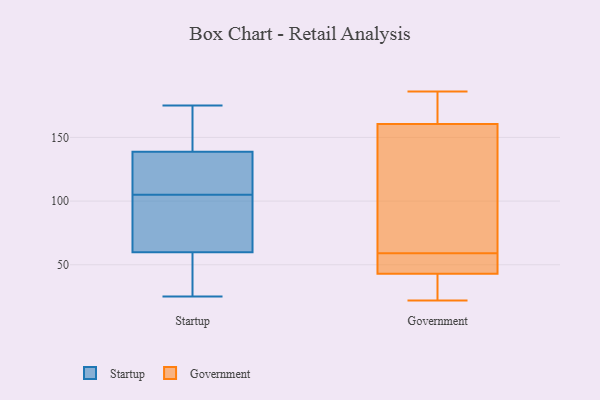
{"axis": {"x": "Demand Index", "y": "Value"}, "legend": ["Government", "Startup"], "data": [{"x": "", "y": 90, "type": "Startup"}, {"x": "", "y": 68, "type": "Startup"}, {"x": "", "y": 45, "type": "Startup"}, {"x": "", "y": 175, "type": "Startup"}, {"x": "", "y": 31, "type": "Startup"}, {"x": "", "y": 107, "type": "Startup"}, {"x": "", "y": 81, "type": "Startup"}, {"x": "", "y": 97, "type": "Startup"}, {"x": "", "y": 169, "type": "Startup"}, {"x": "", "y": 25, "type": "Startup"}, {"x": "", "y": 33, "type": "Startup"}, {"x": "", "y": 105, "type": "Startup"}, {"x": "", "y": 120, "type": "Startup"}, {"x": "", "y": 117, "type": "Startup"}, {"x": "", "y": 57, "type": "Startup"}, {"x": "", "y": 119, "type": "Startup"}, {"x": "", "y": 145, "type": "Startup"}, {"x": "", "y": 150, "type": "Startup"}, {"x": "", "y": 163, "type": "Startup"}, {"x": "", "y": 186, "type": "Government"}, {"x": "", "y": 153, "type": "Government"}, {"x": "", "y": 59, "type": "Government"}, {"x": "", "y": 163, "type": "Government"}, {"x": "", "y": 58, "type": "Government"}, {"x": "", "y": 164, "type": "Government"}, {"x": "", "y": 112, "type": "Government"}, {"x": "", "y": 41, "type": "Government"}, {"x": "", "y": 41, "type": "Government"}, {"x": "", "y": 33, "type": "Government"}, {"x": "", "y": 70, "type": "Government"}, {"x": "", "y": 176, "type": "Government"}, {"x": "", "y": 22, "type": "Government"}, {"x": "", "y": 49, "type": "Government"}, {"x": "", "y": 59, "type": "Government"}]}